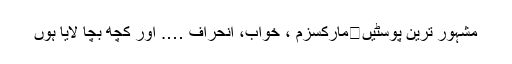
مشہور ترین پوسٹیں	مارکسزم ، خواب، انحراف …. اور کچھ بچا لایا ہوں